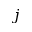
j